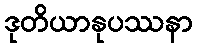
ဒုတိယာနုပဿနာ